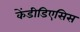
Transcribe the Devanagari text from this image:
केंडीडिएसिस